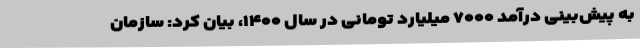
به پیش‌بینی درآمد ۷۰۰۰ میلیارد تومانی در سال ۱۴۰۰، بیان کرد: سازمان